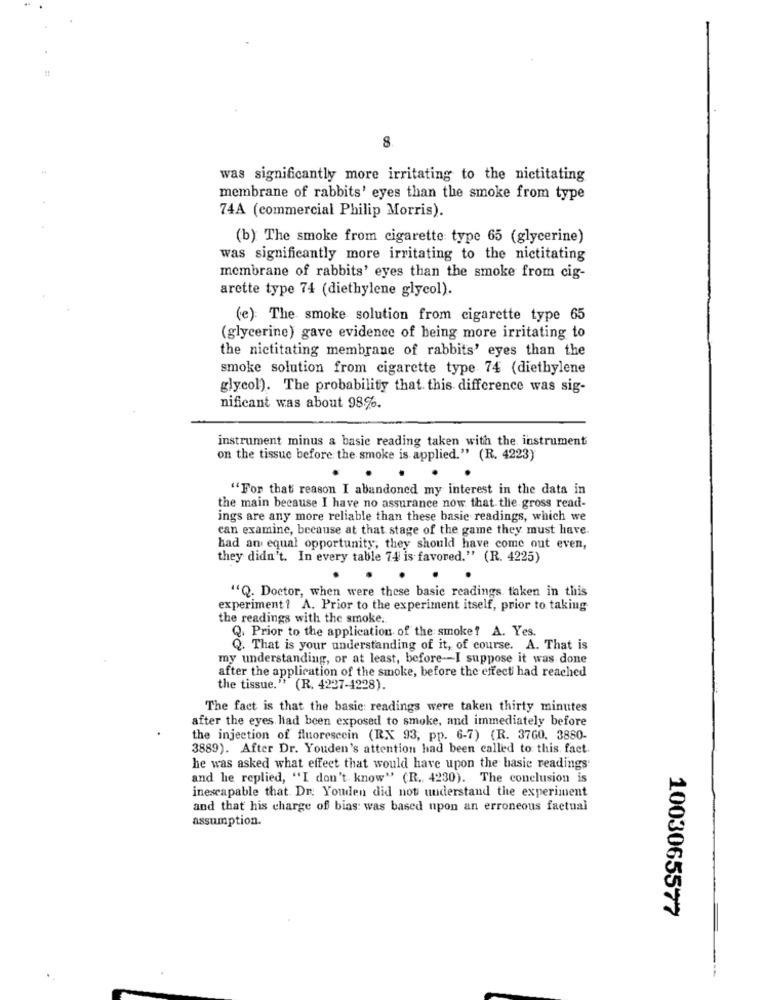
8
was significantly more irritating to the nictitating
membrane of rabbits' eyes than the smoke from type
74A (commercial Philip Morris).
(b) The smoke from cigarette type 65 (glycerine)
was significantly more irritating to the nictitating
membrane of rabbits' eyes than the smoke from cig-
arette type 74 (diethylene glycol).
(e): The smoke solution from cigarette type 65
(glycerine) gave evidence of being more irritating to
the nictitating membrane of rabbits' eyes than the
smoke solution from cigarette type 74 (diethylene
glycol). The probability that. this difference was sig-
nificant was about 98%.
instrument minus a basic reading taken with the instrument
on the tissue before the smoke is applied." (R. 4223)
"For that reason I abandoned my interest in the data in
the main because I have no assurance now that the gross read-
ings are any more reliable than these basic readings, which we
can examine, because at that stage of the game they must have.
had an equal opportunity, they should have come out even,
they didn't. In every table 74 is favored." (R. 4225)
"Q. Doctor, when were these basic readings taken in this
experiment ? A. Prior to the experiment itself, prior to taking
the readings with the smoke.
Q. Prior to the application of the smoke? A. Yes.
Q. That is your understanding of it, of course. A. That is
my understanding, or at least, before -- I suppose it was done
after the application of the smoke, before the effect had reached
the tissue." (R. 4227-4228).
The fact is that the basic: readings were taken thirty minutes
after the eyes had been exposed to smoke, and immediately before
the injection of fluorescein (RX 93, pp. 6-7) (R. 3760, 3880-
3889). After Dr. Youden's attention had been called to this fact.
he was asked what effect that would have upon the basic readings
and he replied, "I don't know" (R. 4230). The conclusion is
inescapable that. Dr. Youden did not understand the experiment
and that his charge of bias: was based upon an erroneous factual
assumption.
1003065577